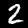
Label: 2